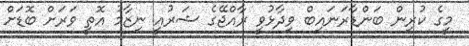
މީގެ ކުރިން ބަންޑާރަނައިބް ވިދާޅުވީ ރާއްޖޭގެ ޝަރުއީ ނިޒާމު އޮތީ ވަރަށް ބޮޑަށް